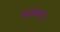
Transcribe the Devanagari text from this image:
चटकाए।